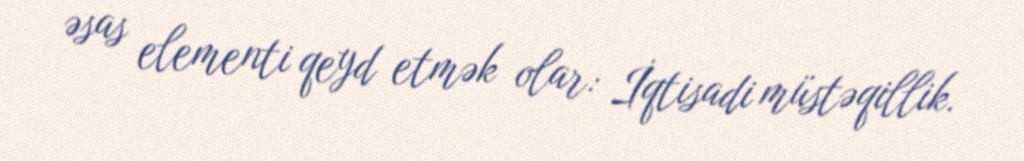
əsas elementi qeyd etmək olar: İqtisadi müstəqillik.